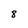
Character: 8